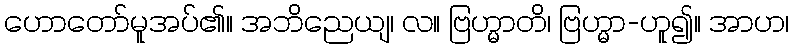
ဟောတော်မူအပ်၏။ အဘိညေယျ၊ လ။ ဗြဟ္မာတိ၊ ဗြဟ္မာ-ဟူ၍။ အာဟ၊